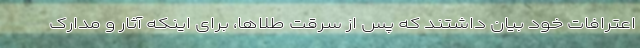
اعترافات خود بیان داشتند که پس از سرقت طلاها، برای اینکه آثار و مدارک